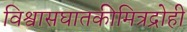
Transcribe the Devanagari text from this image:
विश्वासघातकीमित्रद्रोही